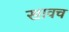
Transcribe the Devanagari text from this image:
खावच